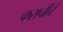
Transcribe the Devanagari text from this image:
कराचीचे